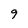
Character: 9